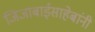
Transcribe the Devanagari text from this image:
जिजाबाईसाहेबांनी